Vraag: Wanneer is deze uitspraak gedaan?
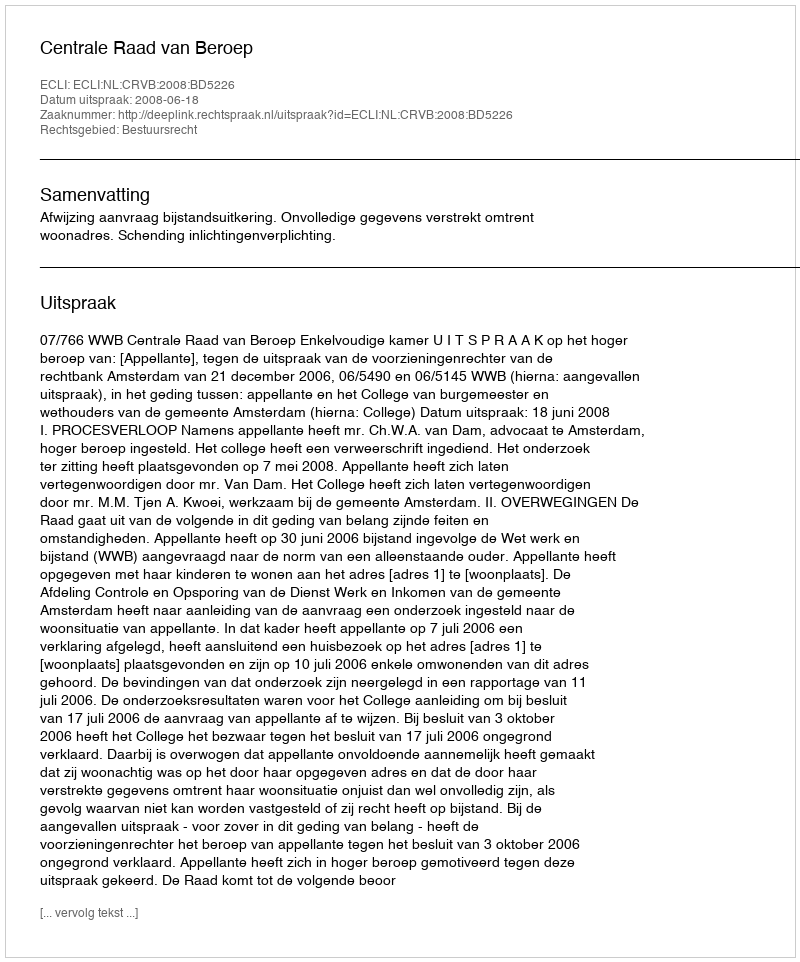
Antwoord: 2008-06-18